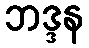
ဘဒ္ဒန